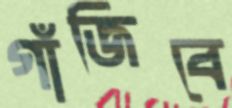
গাঁজিবে